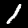
Label: 1